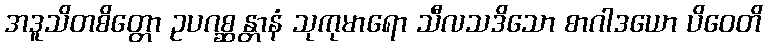
အဒူသိတစိတ္တော ဥပဂစ္ဆန္တာနံ သုကုမာရော သီလသဒိသော စာဂါဒယော ပိဝေတိ